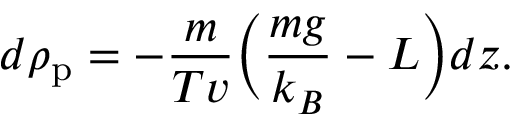
d \rho _ { \mathrm { p } } = - { \frac { m } { T v } } \bigg ( { \frac { m g } { k _ { B } } } - L \bigg ) d z .